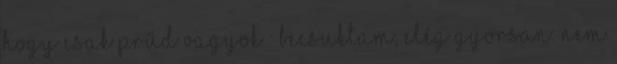
hogy csak prűd vagyok : Becsuktam, elég gyorsan. Nem